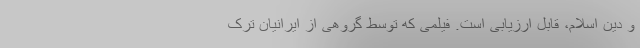
و دین اسلام، قابل ارزیابی است. فیلمی که توسط گروهی از ایرانیان ترک